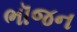
ભૉજન